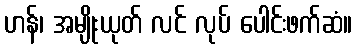
ဟန်၊ အမျိုးယုတ် လင် လုပ် ပေါင်းဖက်ဆံ။